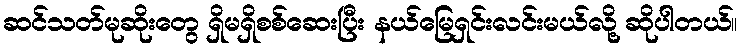
ဆင်သတ်မုဆိုးတွေ ရှိမရှိစစ်ဆေးပြီး နယ်မြေရှင်းလင်းမယ်လို့ ဆိုပါတယ်။